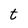
Character: t